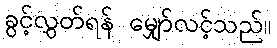
ခွင့်လွှတ်ရန် မျှော်လင့်သည်။